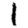
Digit: 1